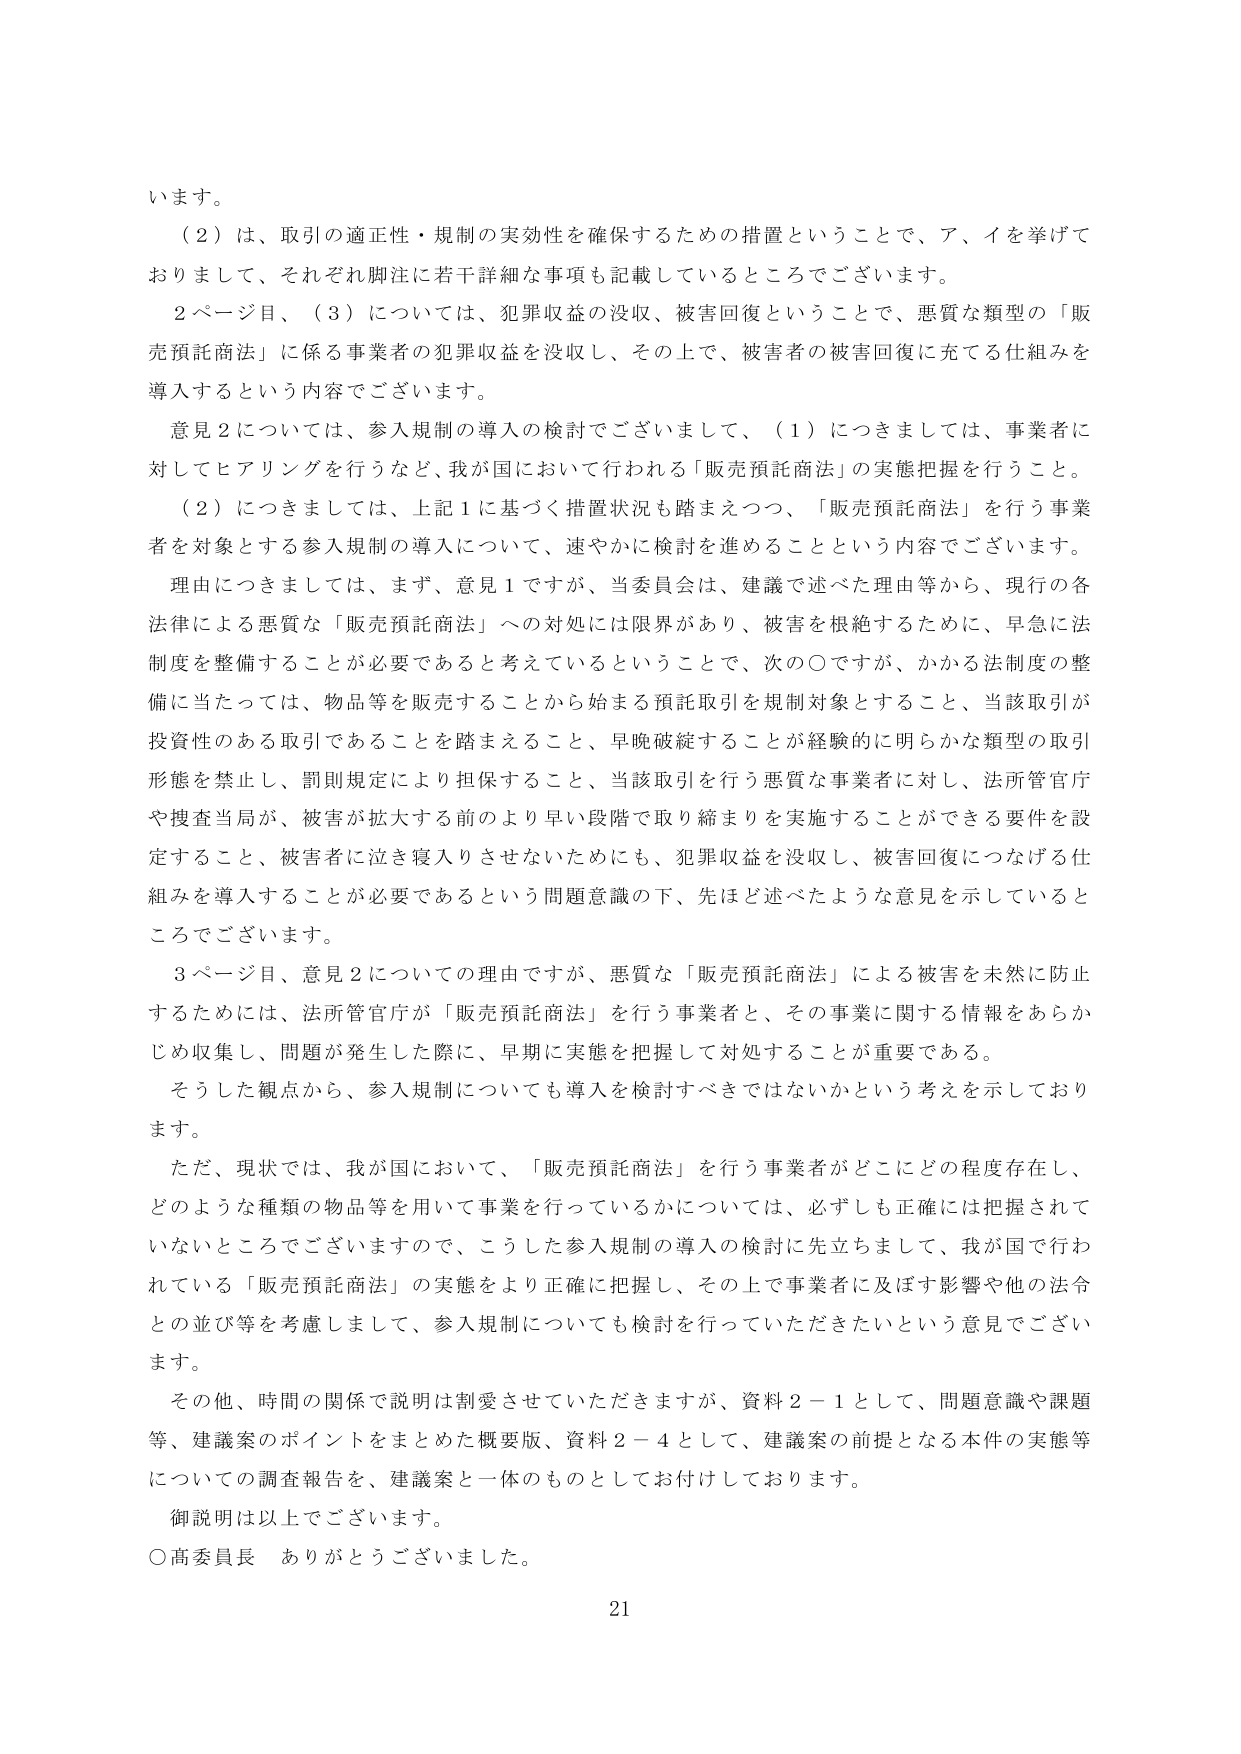
います。

（２）は、取引の適正性・規制の実効性を確保するための措置ということで、ア、イを挙げておりまして、それぞれ脚注に若干詳細な事項も記載しているところでございます。

２ページ目、（３）については、犯罪収益の没収、被害回復ということで、悪質な類型の「販売預託商法」に係る事業者の犯罪収益を没収し、その上で、被害者の被害回復に充てる仕組みを導入するという内容でございます。

意見２については、参入規制の導入の検討でございまして、（１）につきましては、事業者に対してヒアリングを行うなど、我が国において行われる「販売預託商法」の実態把握を行うこと。

（２）につきましては、上記１に基づく措置状況も踏まえつつ、「販売預託商法」を行う事業者を対象とする参入規制の導入について、速やかに検討を進めることという内容でございます。

理由につきましては、まず、意見１ですが、当委員会は、建議で述べた理由等から、現行の各法律による悪質な「販売預託商法」への対処には限界があり、被害を根絶するために、早急に法制度を整備することが必要であると考えているということで、次の〇ですが、かかる法制度の整備に当たっては、物品等を販売することから始まる預託取引を規制対象とすること、当該取引が投資性のある取引であることを踏まえること、早晩破綻することが経験的に明らかな類型の取引形態を禁止し、罰則規定により担保すること、当該取引を行う悪質な事業者に対し、法所管官庁や捜査当局が、被害が拡大する前のより早い段階で取り締まりを実施することができる要件を設定すること、被害者に泣き寝入りさせないためにも、犯罪収益を没収し、被害回復につなげる仕組みを導入することが必要であるという問題意識の下、先ほど述べたような意見を示しているところでございます。

３ページ目、意見２についての理由ですが、悪質な「販売預託商法」による被害を未然に防止するためには、法所管官庁が「販売預託商法」を行う事業者と、その事業に関する情報をあらかじめ収集し、問題が発生した際に、早期に実態を把握して対処することが重要である。

そうした観点から、参入規制についても導入を検討すべきではないかという考えを示しております。

ただ、現状では、我が国において、「販売預託商法」を行う事業者がどこにどの程度存在し、どのような種類の物品等を用いて事業を行っているかについては、必ずしも正確には把握されていないところでございますので、こうした参入規制の導入の検討に先立ちまして、我が国で行われている「販売預託商法」の実態をより正確に把握し、その上で事業者に及ぼす影響や他の法令との並び等を考慮しまして、参入規制についても検討を行っていただきたいという意見でございます。

その他、時間の関係で説明は割愛させていただきますが、資料２－１として、問題意識や課題等、建議案のポイントをまとめた概要版、資料２－４として、建議案の前提となる本件の実態等についての調査報告を、建議案と一体のものとしてお付けしております。

御説明は以上でございます。

〇高委員長　ありがとうございました。

21